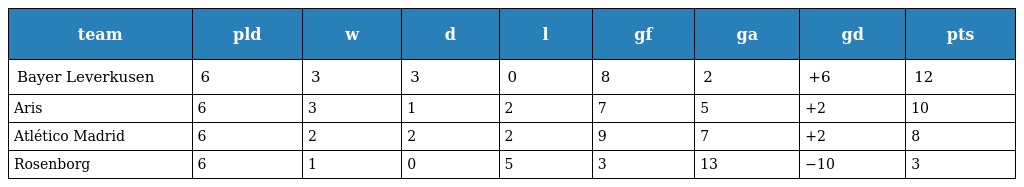
| team | pld | w | d | l | gf | ga | gd | pts |
 | --- | --- | --- | --- | --- | --- | --- | --- | --- |
 | Bayer Leverkusen | 6 | 3 | 3 | 0 | 8 | 2 | +6 | 12 |
 | Aris | 6 | 3 | 1 | 2 | 7 | 5 | +2 | 10 |
 | Atlético Madrid | 6 | 2 | 2 | 2 | 9 | 7 | +2 | 8 |
 | Rosenborg | 6 | 1 | 0 | 5 | 3 | 13 | −10 | 3 |